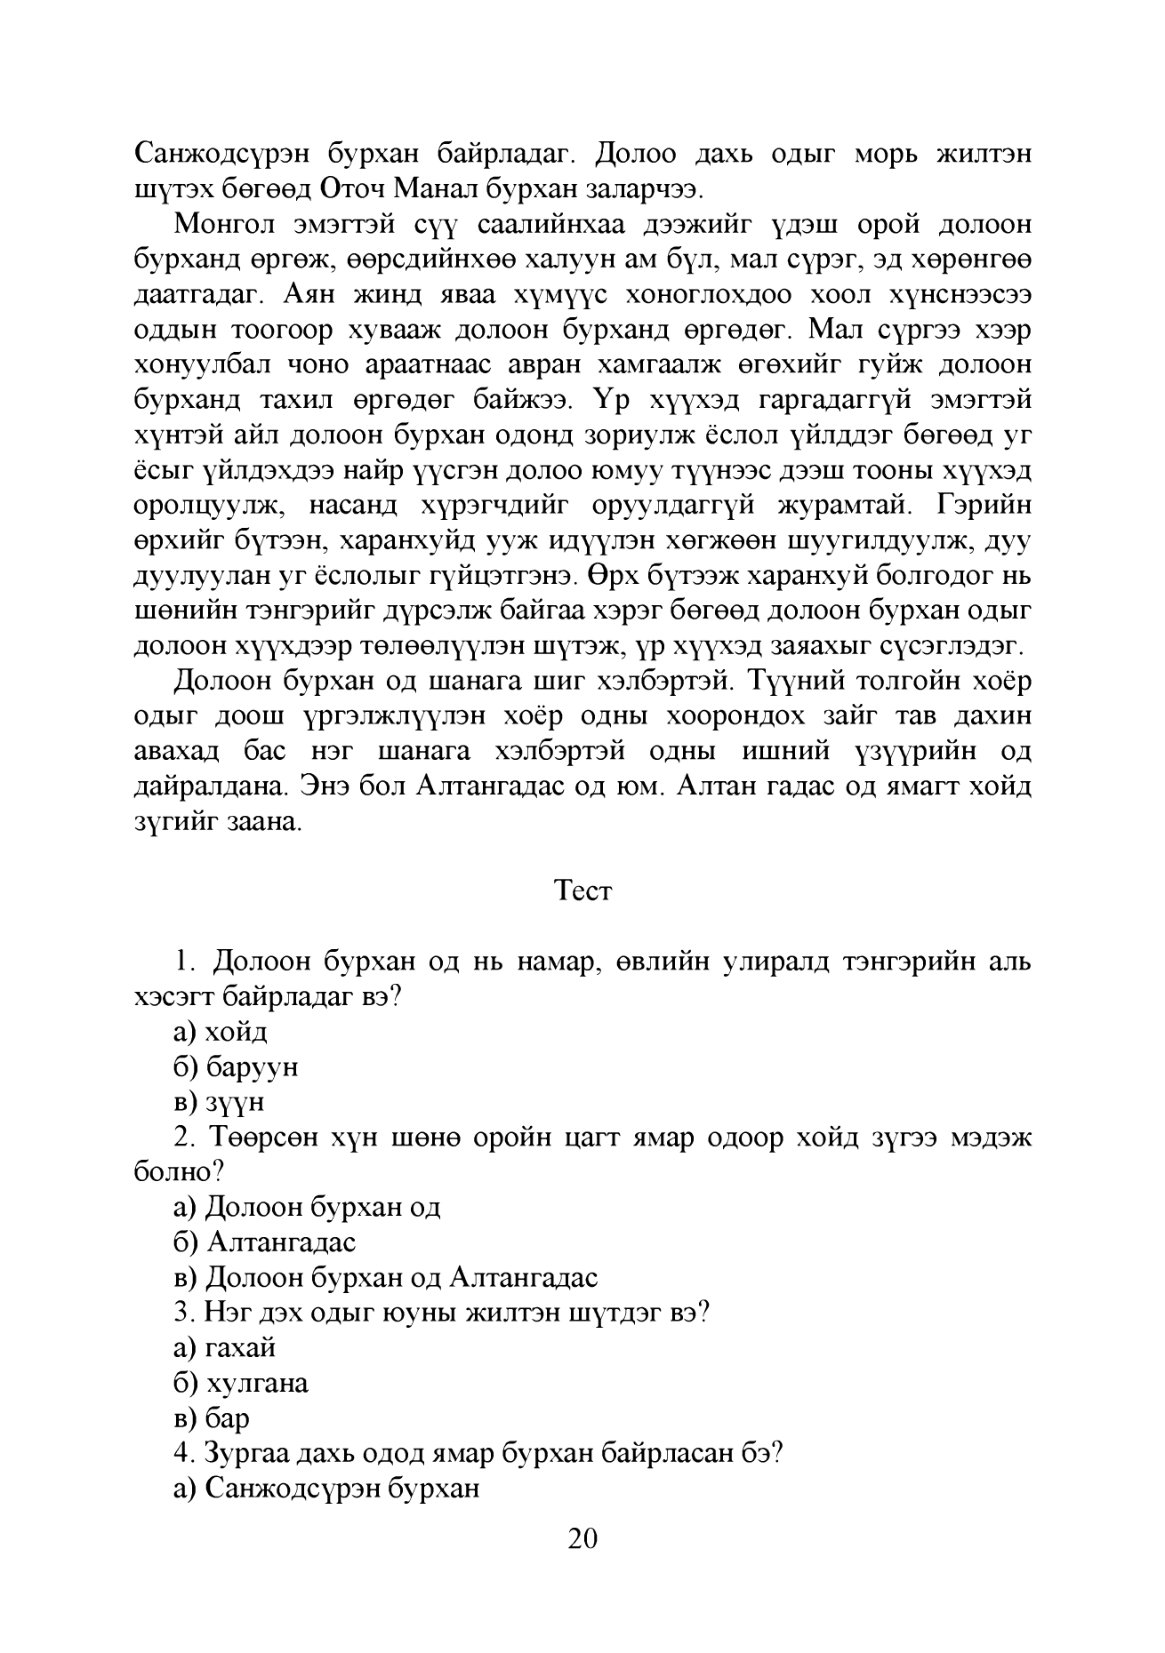
Language: mn